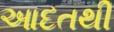
આદતથી